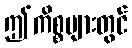
ဤကိစ္စများတွင်